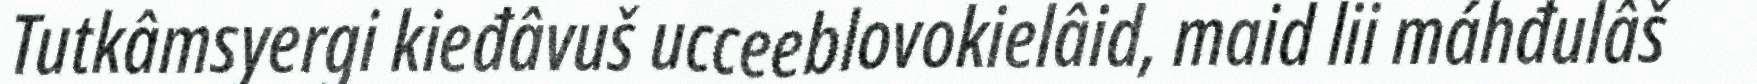
Tutkâmsyergi kieđâvuš ucceeblovokielâid, maid lii máhđulâš